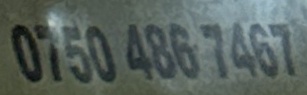
0750 486 7467